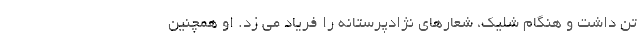
تن داشت و هنگام شلیک، شعارهای نژادپرستانه را فریاد می زد. او همچنین